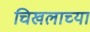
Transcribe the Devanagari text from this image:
चिखलाच्या